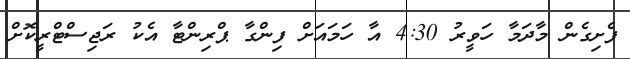
ފެށިގެން މާދަމާ ހަވީރު 4:30 އާ ހަމައަށް ފިންގާ ޕްރިންޓާ އެކު ރަޖިސްޓްރީކޮށް